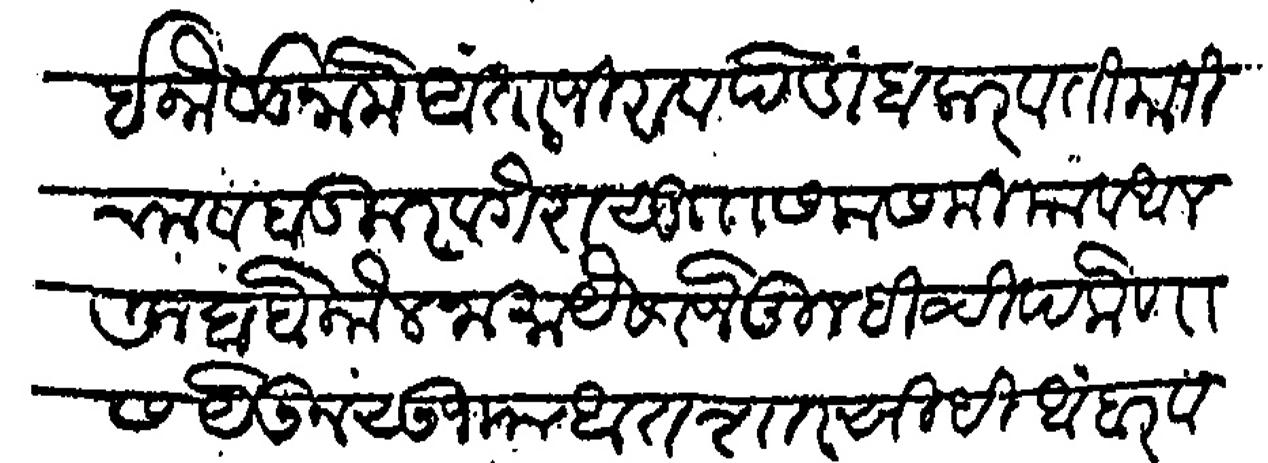
Transliteration (Devanagari): ई कौलनामे अंताजीराव पेडांबकर व तिमाजीराव बडकर वगैरा सु सलास मिया व अलफे बाबे कौलनामा औसाजे तुम्ही चिपळोणास येऊन शुजाआत आसार सिदी अंबर व